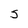
Character: S